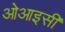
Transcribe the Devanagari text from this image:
ओआइसी